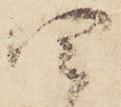
四